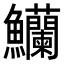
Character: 𬵿